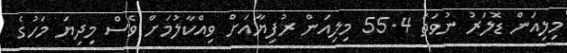
މިލިއަން ޑޮލަރު ނުވަތަ 55.4 މިލިއަން ރުފިޔާއަށް ވިއްކާލުމަށް ވެސް މިދިޔަ މަހުގެ